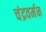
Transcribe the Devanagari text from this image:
चंद्रवर्मन